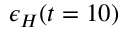
\epsilon _ { H } ( t = 1 0 )